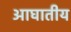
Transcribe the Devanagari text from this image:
आघातीय